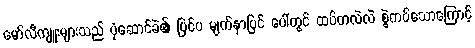
မော်လီကျူးများသည် ပုံဆောင်ခဲ၏ ပြင်ပ မျက်နှာပြင် ပေါ်တွင် ထပ်တလဲလဲ စွဲကပ်သောကြောင့်